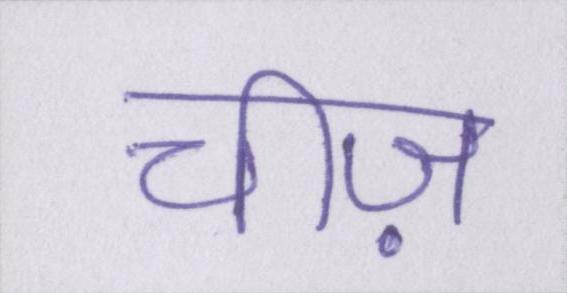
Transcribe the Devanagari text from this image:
चीज़